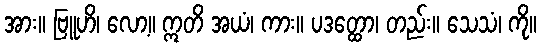
အား။ ဗြူဟိ၊ လော့။ ဣတိ အယံ၊ ကား။ ပဒတ္ထော၊ တည်း။ သေသံ၊ ကို။